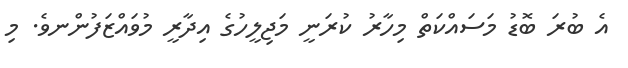
އެ ބުރަ ބޮޑު މަސައްކަތް މިހާރު ކުރަނީ މަޖިލީހުގެ އިދާރީ މުވައްޒަފުންނވެ. މި